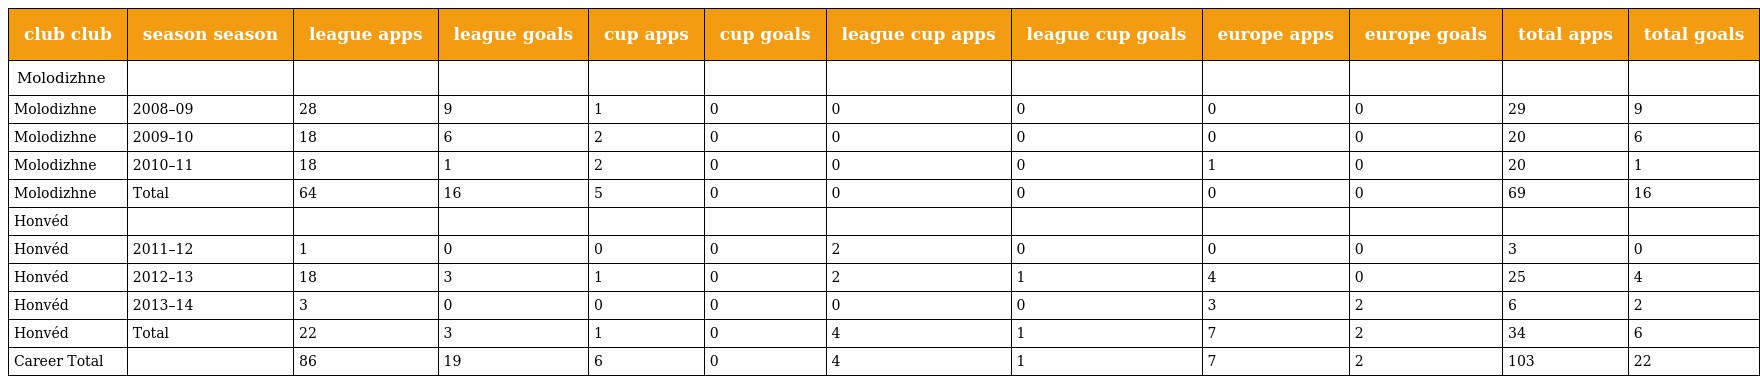
| club club | season season | league apps | league goals | cup apps | cup goals | league cup apps | league cup goals | europe apps | europe goals | total apps | total goals |
 | --- | --- | --- | --- | --- | --- | --- | --- | --- | --- | --- | --- |
 | Molodizhne |  |  |  |  |  |  |  |  |  |  |  |
 | Molodizhne | 2008–09 | 28 | 9 | 1 | 0 | 0 | 0 | 0 | 0 | 29 | 9 |
 | Molodizhne | 2009–10 | 18 | 6 | 2 | 0 | 0 | 0 | 0 | 0 | 20 | 6 |
 | Molodizhne | 2010–11 | 18 | 1 | 2 | 0 | 0 | 0 | 1 | 0 | 20 | 1 |
 | Molodizhne | Total | 64 | 16 | 5 | 0 | 0 | 0 | 0 | 0 | 69 | 16 |
 | Honvéd |  |  |  |  |  |  |  |  |  |  |  |
 | Honvéd | 2011–12 | 1 | 0 | 0 | 0 | 2 | 0 | 0 | 0 | 3 | 0 |
 | Honvéd | 2012–13 | 18 | 3 | 1 | 0 | 2 | 1 | 4 | 0 | 25 | 4 |
 | Honvéd | 2013–14 | 3 | 0 | 0 | 0 | 0 | 0 | 3 | 2 | 6 | 2 |
 | Honvéd | Total | 22 | 3 | 1 | 0 | 4 | 1 | 7 | 2 | 34 | 6 |
 | Career Total |  | 86 | 19 | 6 | 0 | 4 | 1 | 7 | 2 | 103 | 22 |